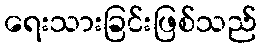
ရေးသားခြင်းဖြစ်သည်